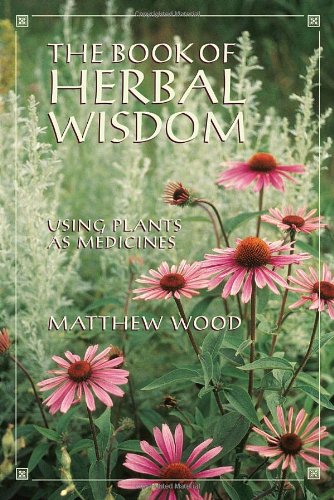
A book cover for The Book of Herbal Wisdom: Using Plants as Medicines; Matthew Wood; Health, Fitness & Dieting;